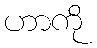
ဟာကို